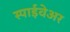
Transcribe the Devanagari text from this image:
स्पाईवेअर